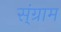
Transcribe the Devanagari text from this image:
स्ंग्राम